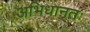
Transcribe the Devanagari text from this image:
अभिधानतः